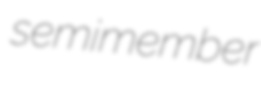
semimember